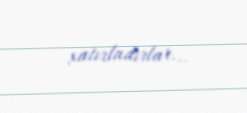
xatırladırlar...